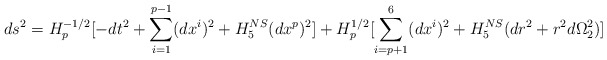
\begin{align*}ds^2 = H_p^{-1/2}[-dt^2 + \sum_{i=1}^{p-1}(dx^i)^2 + H_5^{NS}(dx^p)^2]+ H_p^{1/2}[\sum_{i=p+1}^6(dx^i)^2 + H_5^{NS}(dr^2 + r^2d\Omega_2^2)]\end{align*}